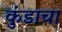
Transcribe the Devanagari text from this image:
कुंडाचा